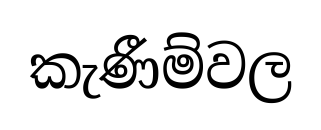
කැණීම්වල